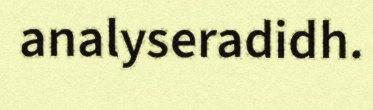
analyseradidh.